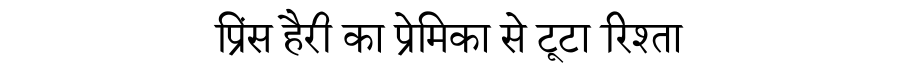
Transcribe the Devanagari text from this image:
प्रिंस हैरी का प्रेमिका से टूटा रिश्ता